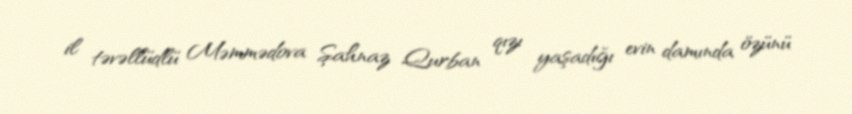
il təvəllüdlü Məmmədova Şahnaz Qurban qızı yaşadığı evin damında özünü